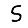
Digit: 5